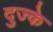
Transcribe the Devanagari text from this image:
दुज्के